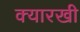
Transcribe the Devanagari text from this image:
क्यारखी